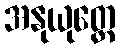
အနုယုတ္တေ